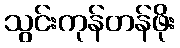
သွင်းကုန်တန်ဖိုး